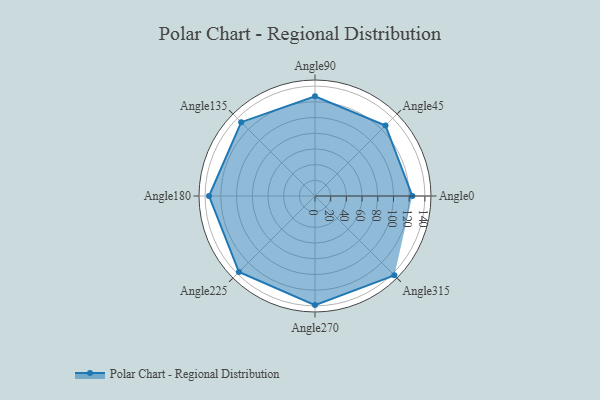
{"axis": {"x": "Angle", "y": "Radius"}, "legend": [""], "data": [{"x": "Angle0", "y": 124.0, "type": ""}, {"x": "Angle45", "y": 127.0, "type": ""}, {"x": "Angle90", "y": 127.0, "type": ""}, {"x": "Angle135", "y": 133.0, "type": ""}, {"x": "Angle180", "y": 135.0, "type": ""}, {"x": "Angle225", "y": 137.0, "type": ""}, {"x": "Angle270", "y": 139.0, "type": ""}, {"x": "Angle315", "y": 143.0, "type": ""}]}